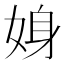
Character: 㛛